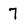
Character: 7